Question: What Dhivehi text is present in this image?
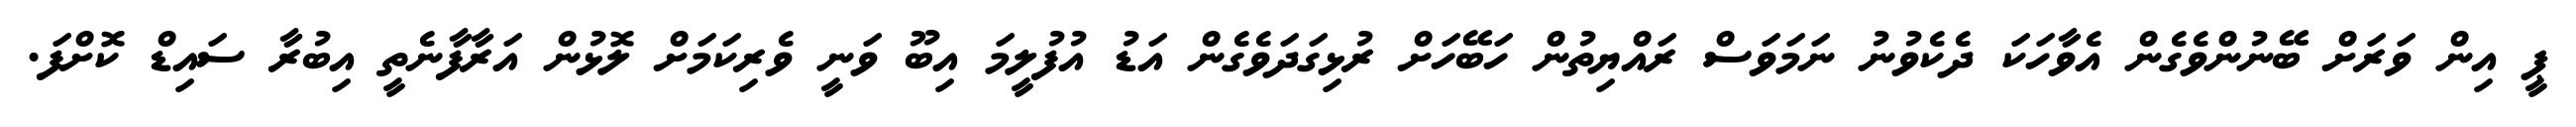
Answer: ޕީ އިން ވަރަށް ބޭނުންވެގެން އެވާހަކަ ދެކެވުނު ނަމަވަސް ރައްޔިތުން ހަބޭހަށް ރުޅިގަދަވެގެން އަޑު އުފުލީމަ އިބޫ ވަނީ ވެރިކަމަށް ލޮޅުން އަރާފާނެތީ އިބުރާ ސައިޑް ކޮށްފަ.